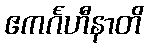
ဧကင်္ဂဟီနာတိ